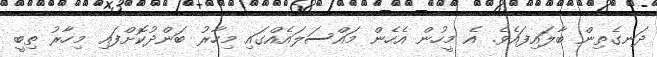
ދަނގެތިން ބާލައިފައެވެ. އެ މީހުން އެހެން މައްސަލައެއްްގައި މިހާރު ބަންދުކޮށްފައި މިހާރު ތިބީ